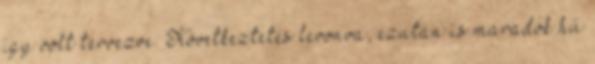
így volt tervezve. Következtetés levonva, ezután is maradok hű